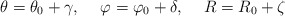
\begin{align*}\theta=\theta_{0}+\gamma, \hspace{0.5cm}\varphi=\varphi_{0}+\delta, \hspace{0.5cm}R=R_{0}+\zeta\end{align*}